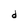
Character: d